Problem: 7 × 6 = ?
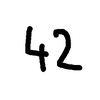
Handwritten answer: 42